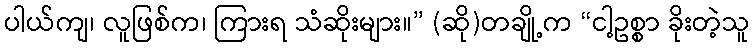
ပါယ်ကျ၊ လူဖြစ်က၊ ကြားရ သံဆိုးများ။” (ဆို)တချို့က “ငါ့ဥစ္စာ ခိုးတဲ့သူ